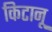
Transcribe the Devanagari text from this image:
किटानू